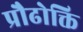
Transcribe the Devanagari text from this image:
प्रौढोक्ति